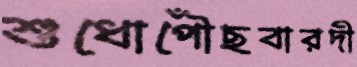
শুধোপৌঁছবারদী